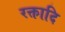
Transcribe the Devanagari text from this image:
रक्तादि